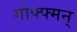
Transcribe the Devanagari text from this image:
गोफ्फ्मन्